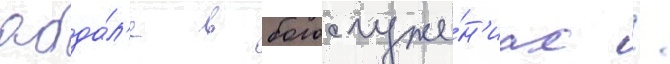
абда́л'е в богослуже́н'иах /